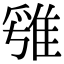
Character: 𨿁